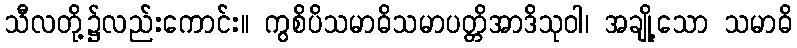
သီလတို့၌လည်းကောင်း။ ကွစိပိသမာဓိသမာပတ္တိအာဒိသုဝါ၊ အချို့သော သမာဓိ